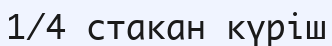
1/4 стакан күріш